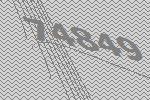
74849